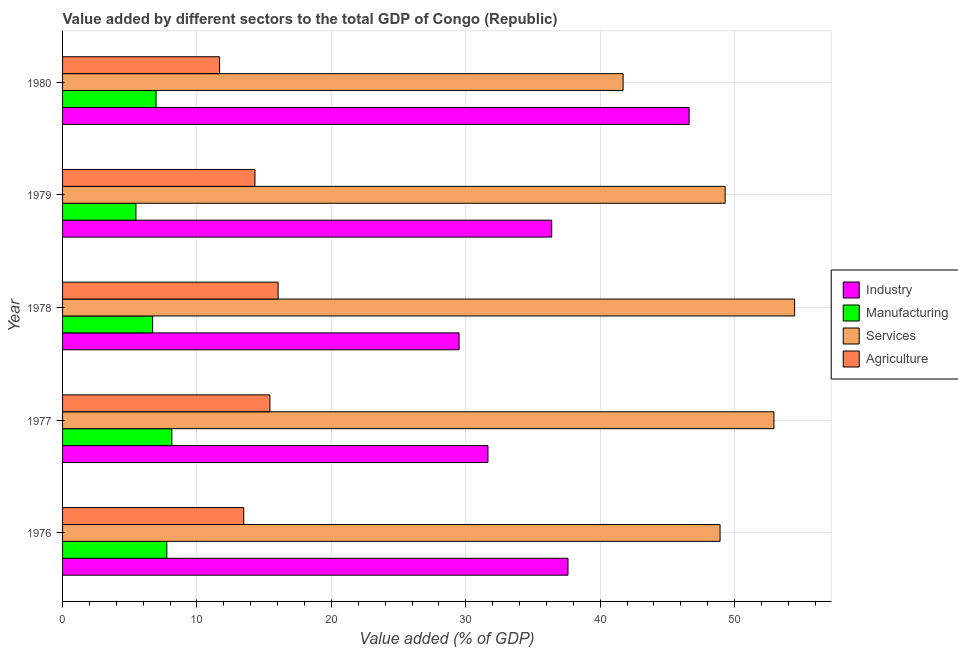
| Year | Industry | Manufacturing | Services | Agriculture |
 | --- | --- | --- | --- | --- |
 | 1976 | 37.6 | 7.76 | 48.9 | 13.5 |
 | 1977 | 31.6 | 8.13 | 52.9 | 15.4 |
 | 1978 | 29.5 | 6.7 | 54.5 | 16 |
 | 1979 | 36.4 | 5.46 | 49.3 | 14.3 |
 | 1980 | 46.6 | 6.96 | 41.7 | 11.7 |